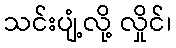
သင်းပျံ့လို့ လှိုင်၊